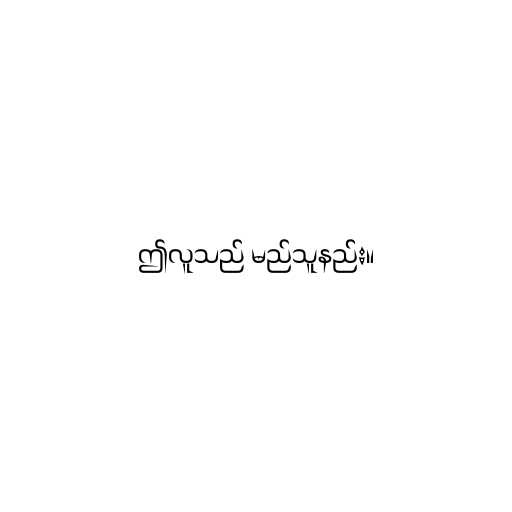
ဤလူသည် မည်သူနည်း။